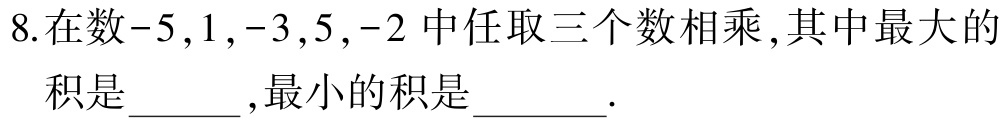
8.在数\(-5,1,-3,5,-2\)中任取三个数相乘,其中最大的

积是______,最小的积是_______.